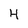
Character: 4